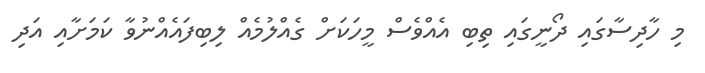
މި ހާދިސާގައި ދޯނީގައި ތިބި އެއްވެސް މީހަކަށް ގެއްލުމެއް ލިބިފައެއްނުވާ ކަމަށާއި އަދި